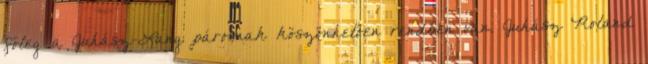
főleg a Juhász-Lang párosnak köszönhetően rendben van. Juhász Roland